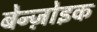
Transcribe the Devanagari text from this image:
बेन्ज़ोइक